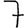
Digit: 7